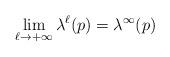
LaTeX: \begin{align*} \lim_{\ell\to+\infty}\lambda^\ell(p)= \lambda^\infty(p)\end{align*}